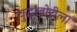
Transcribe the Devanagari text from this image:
युद्धखोरीला